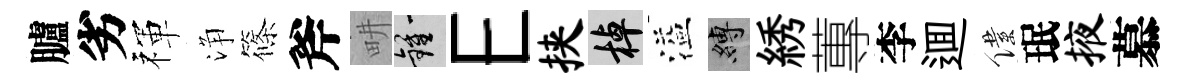
臚劣禈浄篠斧畊鍾E挟棹溢縛綉蓴李逥僕珉掖慕